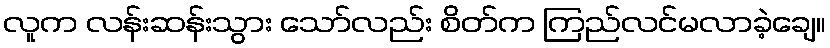
လူက လန်းဆန်းသွား သော်လည်း စိတ်က ကြည်လင်မလာခဲ့ချေ။